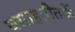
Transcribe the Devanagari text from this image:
वसाहतीतर्फे